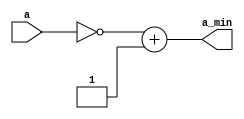
module nb_twos_comp(
    input [n-1:0] a,
    output reg [n-1:0] a_min
    );
	
    parameter n = 8;
    
    always @(a)
    begin
       a_min = ~a + 1;    
    end
    
endmodule